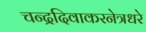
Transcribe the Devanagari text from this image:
चन्द्रदिवाकरनेत्रधरे